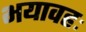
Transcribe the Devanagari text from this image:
भयावहः